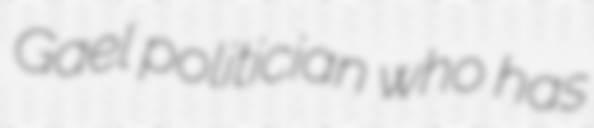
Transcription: Gael politician who has